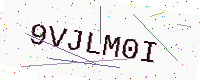
Text: 9VJLM0I